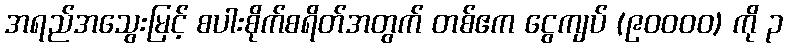
အရည်အသွေးမြင့် စပါးစိုက်စရိတ်အတွက် တစ်ဧက ငွေကျပ် (၉၀၀၀၀) ကို ၃